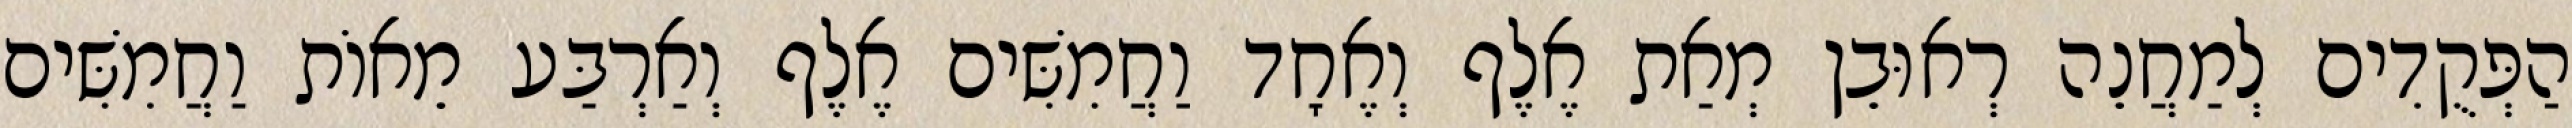
הַפְּקֻדִים לְמַחֲנֵה רְאוּבֵן מְאַת אֶלֶף וְאֶחָד וַחֲמִשִּׁים אֶלֶף וְאַרְבַּע מֵאוֹת וַחֲמִשִּׁים